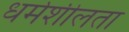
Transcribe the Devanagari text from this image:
धर्मशीलता